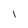
Character: l